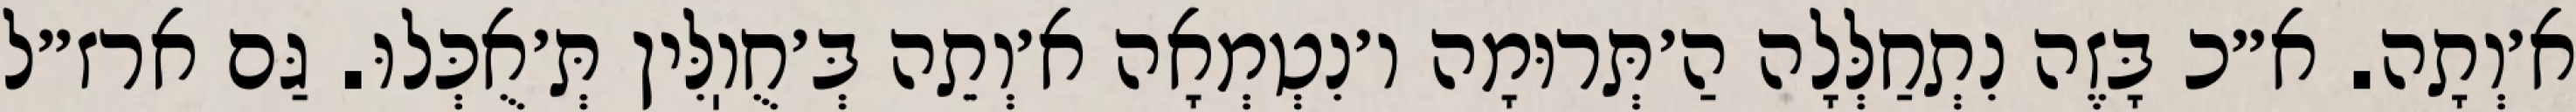
א׳וְתָה. א״כ בָּזֶה נִתְחַלְּלָה הַ׳תְּרוּמָה ו׳נִטְמְאָה א׳וְתֵה בְּ׳חֻוֽלִּין תְּ׳אֻכְּלוּ. גַּם ארז״ל